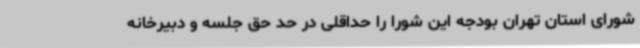
شورای استان تهران بودجه این شورا را حداقلی در حد حق جلسه و دبیرخانه